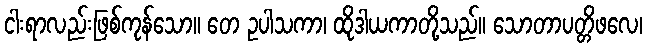
ငါးရာလည်းဖြစ်ကုန်သော။ တေ ဥပါသကာ၊ ထိုဒါယကာတို့သည်။ သောတာပတ္တိဖလေ၊